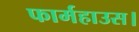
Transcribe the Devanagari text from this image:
फार्महाउस।